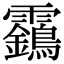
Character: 靎